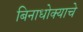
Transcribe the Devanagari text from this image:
बिनाधोक्याचे